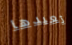
تعيدها